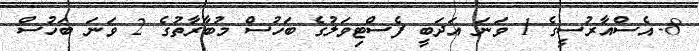
8-	އެސްއާރުސީގެ 1 ވަނަ އަދަބީ ފެސްޓިވަލުގެ ބަހުސް މުބާރާތުގެ 2 ވަނަ ބަހުސް